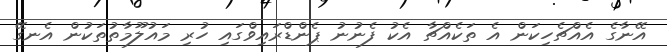
އޭނާގެ އެއްޗެހިކަން އެ ތަކެެއްޗާ އެކު ފެނުނު ޕެންޑްރައިވްގައި ހުރި މައުލޫމާތުތަކުން އެނގޭ